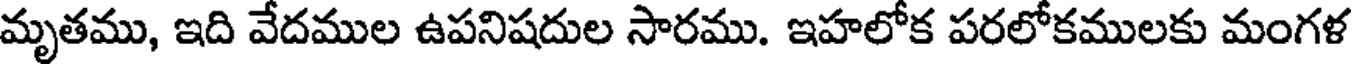
మృతము, ఇది వేదముల ఉపనిషదుల సారము. ఇహలోక పరలోకములకు మంగళ